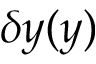
\delta y ( y )